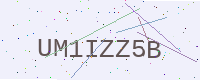
Text: UM1IZZ5B